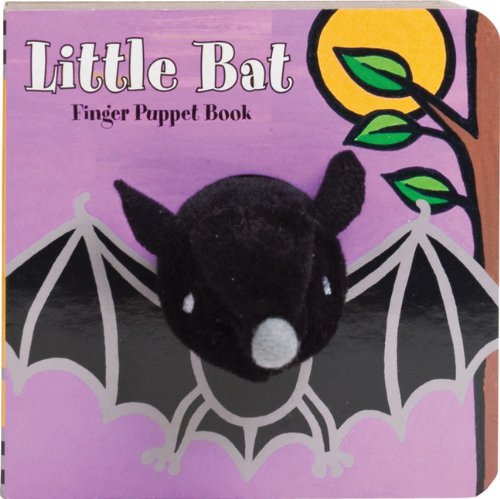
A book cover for Little Bat: Finger Puppet Book (Little Finger Puppet Board Books); ImageBooks; Children's Books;